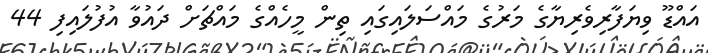
އައްޑޫ ވިޔަފާރިވެރިޔާގެ މަރުގެ މައްސަލައިގައި ތިން މީހެއްގެ މައްޗަށް ދައުވާ އުފުލައިފި 44